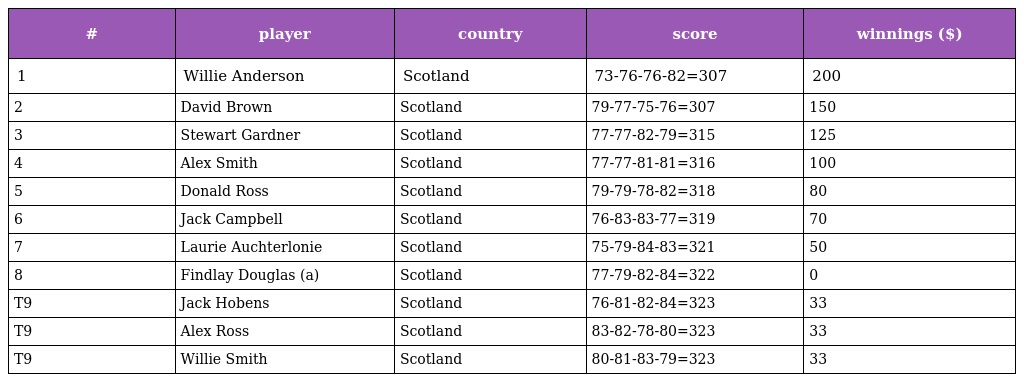
| # | player | country | score | winnings ($) |
 | --- | --- | --- | --- | --- |
 | 1 | Willie Anderson | Scotland | 73-76-76-82=307 | 200 |
 | 2 | David Brown | Scotland | 79-77-75-76=307 | 150 |
 | 3 | Stewart Gardner | Scotland | 77-77-82-79=315 | 125 |
 | 4 | Alex Smith | Scotland | 77-77-81-81=316 | 100 |
 | 5 | Donald Ross | Scotland | 79-79-78-82=318 | 80 |
 | 6 | Jack Campbell | Scotland | 76-83-83-77=319 | 70 |
 | 7 | Laurie Auchterlonie | Scotland | 75-79-84-83=321 | 50 |
 | 8 | Findlay Douglas (a) | Scotland | 77-79-82-84=322 | 0 |
 | T9 | Jack Hobens | Scotland | 76-81-82-84=323 | 33 |
 | T9 | Alex Ross | Scotland | 83-82-78-80=323 | 33 |
 | T9 | Willie Smith | Scotland | 80-81-83-79=323 | 33 |